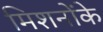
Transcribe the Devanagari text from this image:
मिशनोंके